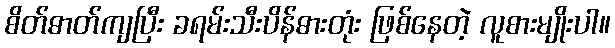
စိတ်ဓာတ်ကျပြီး ခရမ်းသီးပိန်ဓားတုံး ဖြစ်နေတဲ့ လူစားမျိုးပါ။